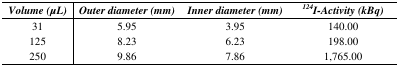
<table><thead><tr><td><b><i>Volume (μL)</i></b></td><td><b><i>Outer diameter (mm)</i></b></td><td><b><i>Inner diameter (mm)</i></b></td><td><b><i><sup>124</sup>I-Activity (kBq)</i></b></td></tr></thead><tbody><tr><td>31</td><td>5.95</td><td>3.95</td><td>140.00</td></tr><tr><td>125</td><td>8.23</td><td>6.23</td><td>198.00</td></tr><tr><td>250</td><td>9.86</td><td>7.86</td><td>1,765.00</td></tr></tbody></table>